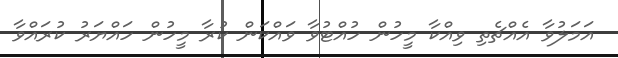
އަމަލުވާ އެއްޗެތި ވިއްކާ މީހުން ހުއްޓުވާ ވައްކަން ކުރާ މީހުން ހައްޔަރު ކުރައްވާ